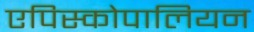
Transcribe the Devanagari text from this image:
एपिस्कोपालियन